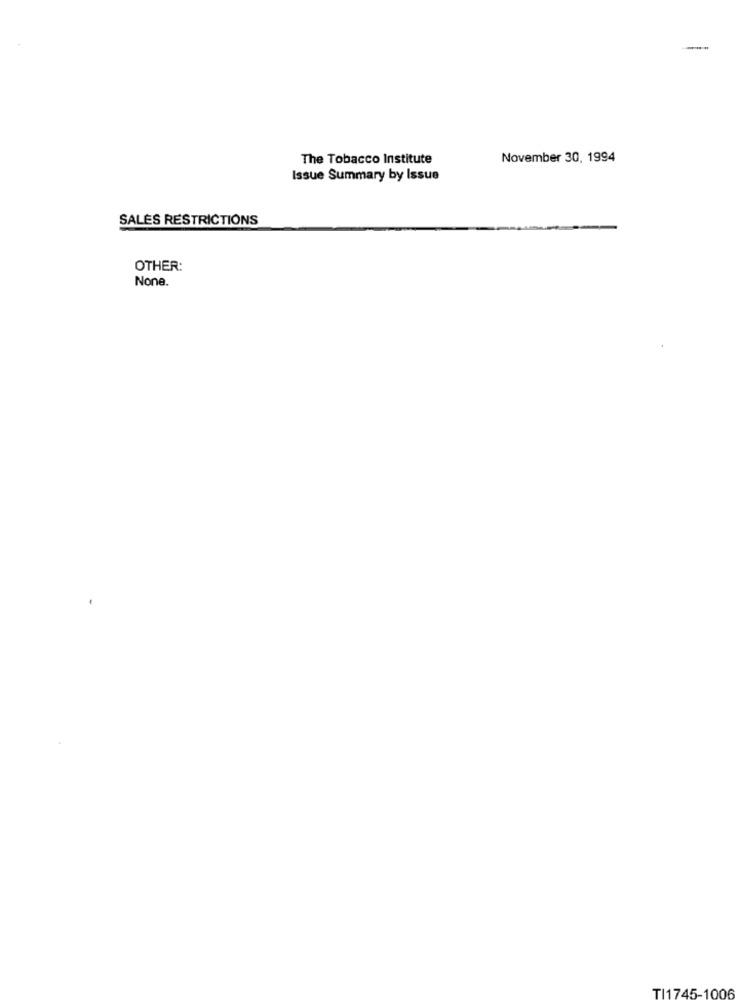
The Tobacco Institute
November 30, 1994
Issue Summary by Issue
SALES RESTRICTIONS
OTHER:
None.
TI1745-1006